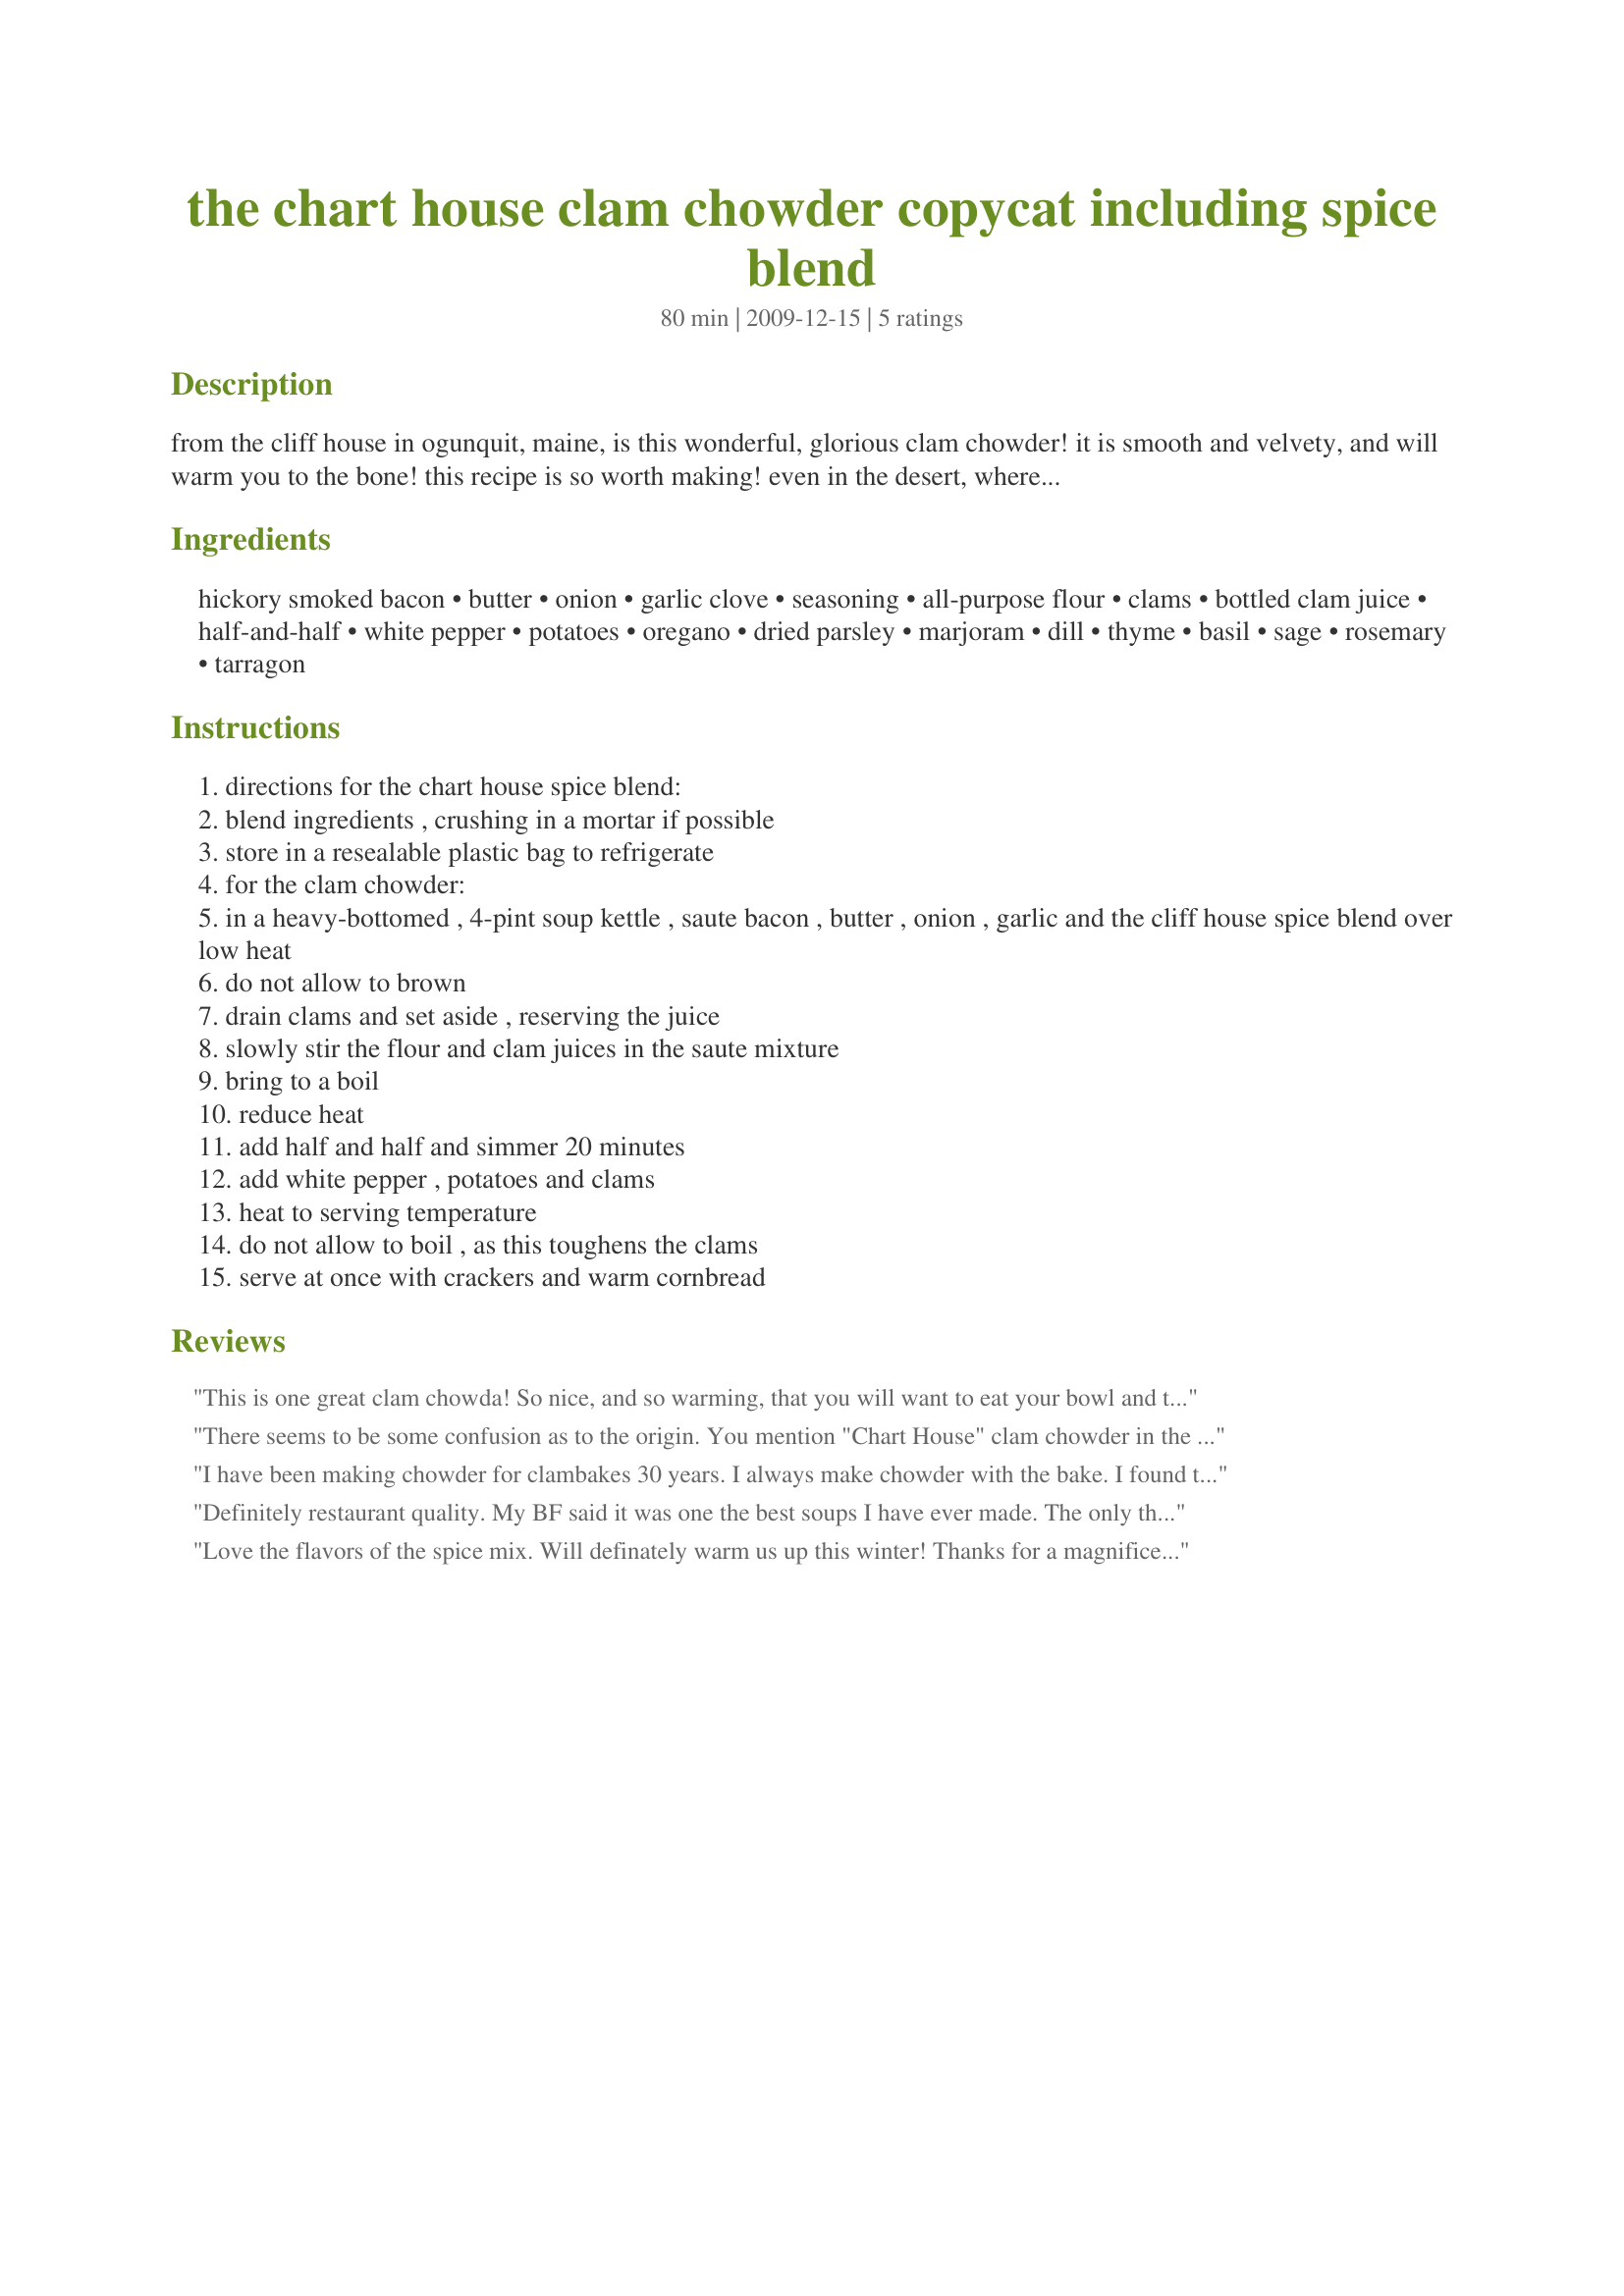
the chart house clam chowder copycat including spice blend
Preparation time: 80 minutes

from the cliff house in ogunquit, maine, is this wonderful, glorious clam chowder! it is smooth and velvety, and will warm you to the bone! this recipe is so worth making! even in the desert, where i live it gets cold, and i made this to warm everyone up and it definately did the trick! this is a definate keeper! i hope you will enjoy! the spice blend can be uses for so many things, i make about a triple recipe, and it keeps well in either a zip bag or a container with a tight-fitting lid. note: if you get all of your ingredients together before you begin, the cooking part is a snap!

Ingredients:
hickory smoked bacon, butter, onion, garlic clove, seasoning, all-purpose flour, clams, bottled clam juice, half-and-half, white pepper, potatoes, oregano, dried parsley, marjoram, dill, thyme, basil, sage, rosemary, tarragon

Steps:
directions for the chart house spice blend:
blend ingredients , crushing in a mortar if possible
store in a resealable plastic bag to refrigerate
for the clam chowder:
in a heavy-bottomed , 4-pint soup kettle , saute bacon , butter , onion , garlic and the cliff house spice blend over low heat
do not allow to brown
drain clams and set aside , reserving the juice
slowly stir the flour and clam juices in the saute mixture
bring to a boil
reduce heat
add half and half and simmer 20 minutes
add white pepper , potatoes and clams
heat to serving temperature
do not allow to boil , as this toughens the clams
serve at once with crackers and warm cornbread

Reviews:
This is one great clam chowda! So nice, and so warming, that you will want to eat your bowl and the other bowls too. Followed this exactly, except used low-fat half/half, which I had on hand, and needed to use up. I also used some fresh clams which I put into the soup 2 minutes before serving, they opened up, and looked pretty sitting atop the soup bowl. I especially love the bacon - this gives it a rustic feel and the seasoning blend is another plus from this recipe. I have enough to use for many other great recipes! Made for *Special Meals* Photo Forum March 2010
There seems to be some confusion as to the origin. You mention "Chart House" clam chowder in the title, and "Cliff House" clam chowder in the recipe itself. I believe it was "Cliff House" chowder that this recipe attempts to emulate. In either case I have had both "Cliff House" clam chowder, and "Chart House" clam chowder, and this could be a great deal closer to both. I found this thin and watery and the spice blend was a bit strong. Actual Cliff House chowder from Maine is very thick and creamy, and has a wonderfully subtle flavor that doesn't assault your taste buds.
I have been making chowder for clambakes 30 years. I always make chowder with the bake. I found this recipe a number of years ago and have received raves from everyone. The spice mix puts this over the top.
Definitely restaurant quality. My BF said it was one the best soups I have ever made. The only thing I would say is make a double batch because this only feeds about 3 people or less, and trust me you will want leftovers. Thank you.
Love the flavors of the spice mix. Will definately warm us up this winter! Thanks for a magnificent chowder :=)
